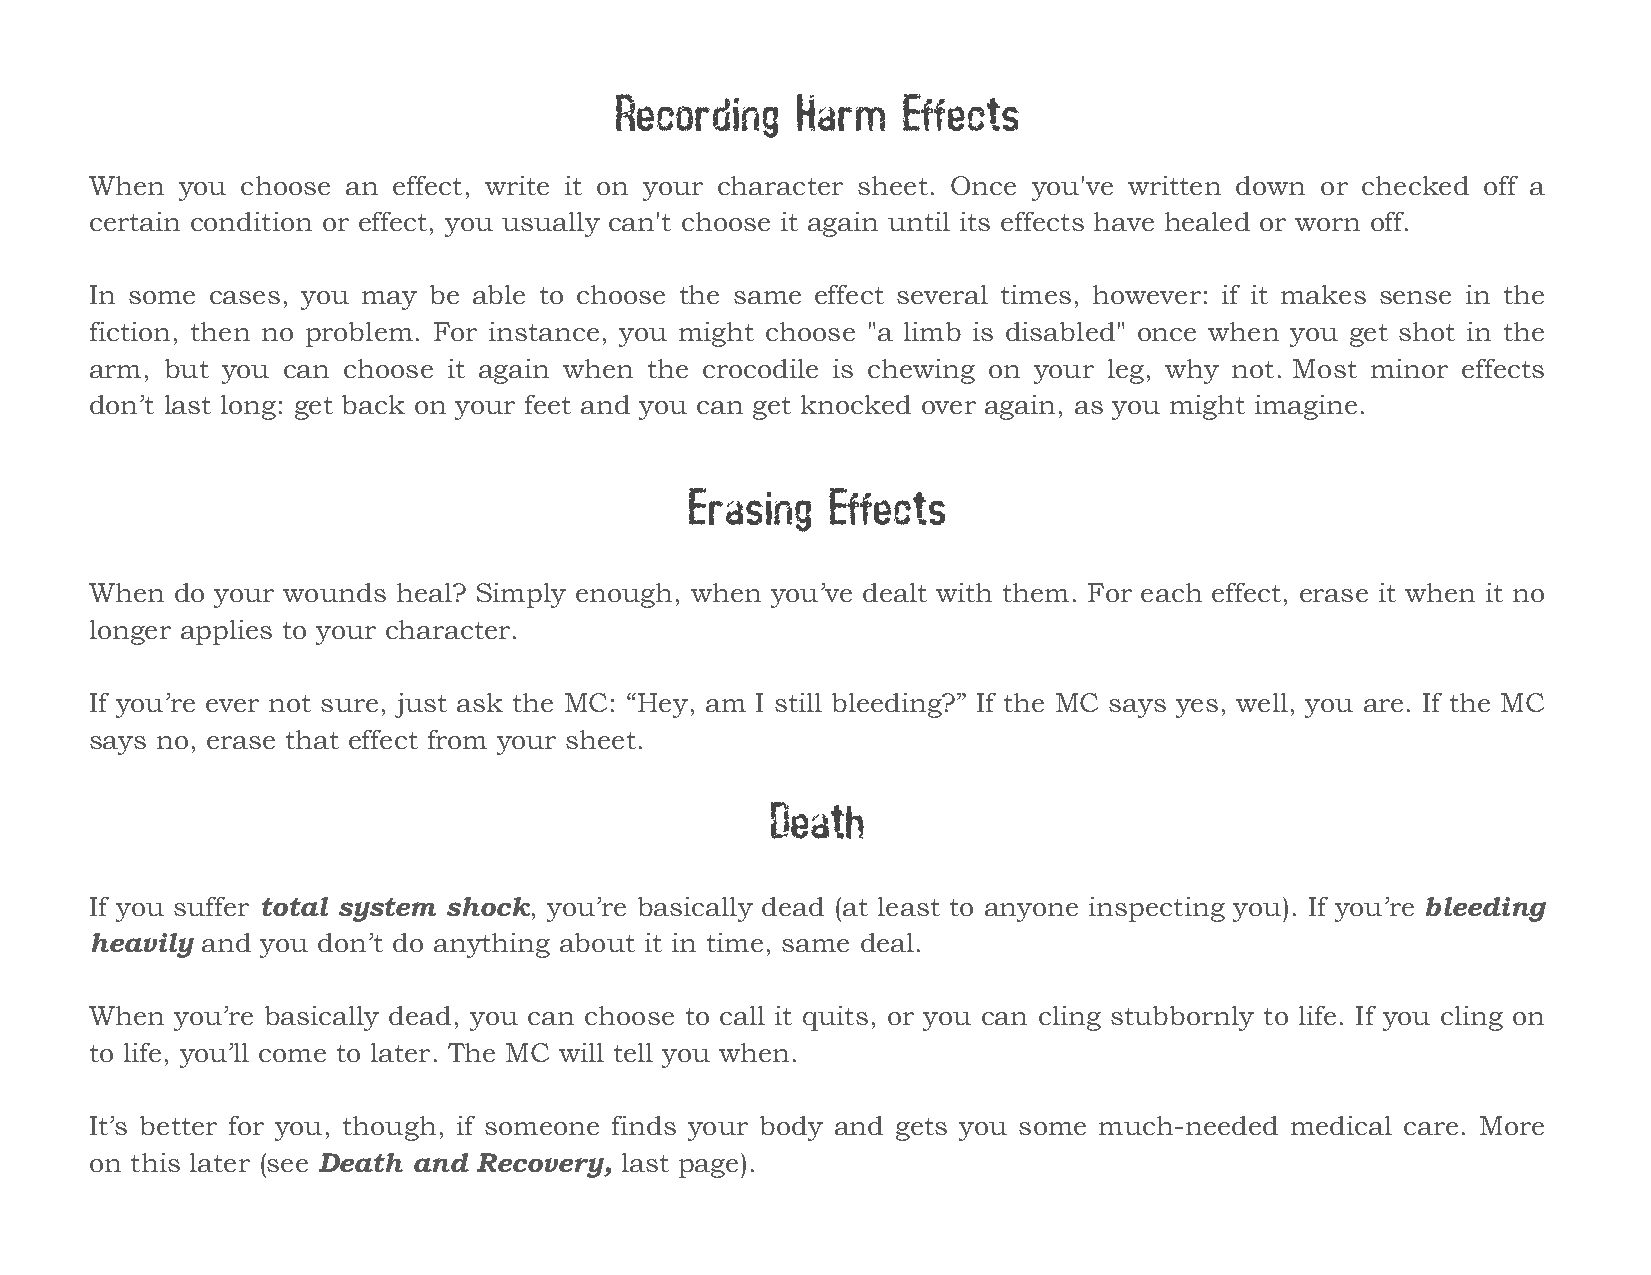
Recording   Harm   Effects
 When  you choose an effect, write it on your character sheet. Once you've written down or checked off a
 certain condition or effect, you usually can't choose it again until its effects have healed or worn off.
 In some cases, you may be able to choose the same effect several times, however: if it makes sense in the
 fiction, then no problem. For instance, you might choose "a limb is disabled" once when you get shot in the
 arm, but you can choose it again when the crocodile is chewing on your leg, why not. Most minor effects
 don’t last long: get back on your feet and you can get knocked over again, as you might imagine.
 Erasing   Effects
 When do your wounds heal? Simply enough, when you’ve dealt with them. For each effect, erase it when it no
 longer applies to your character.
 If you’re ever not sure, just ask the MC: “Hey, am I still bleeding?” If the MC says yes, well, you are. If the MC
 says no, erase that effect from your sheet.
 Death
 If you suffer total system shock, you’re basically dead (at least to anyone inspecting you). If you’re bleeding
 heavily and you don’t do anything about it in time, same deal.
 When  you’re basically dead, you can choose to call it quits, or you can cling stubbornly to life. If you cling on
 to life, you’ll come to later. The MC will tell you when.
 It’s better for you, though, if someone finds your body and gets you some much-needed medical care. More
 on this later (see Death and Recovery, last page).